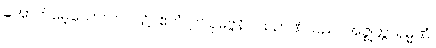
အောက်မေ့သောကာလ၌။ ဧတံ၊ ဤပုဗ္ဗေနိဝါသဉာဏ်သည်။ အဇ္ဈတ္တာရမ္မဏံ၊